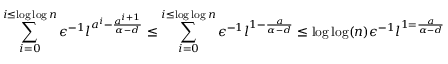
\sum _ { i = 0 } ^ { i \leq \log \log n } \epsilon ^ { - 1 } l ^ { a ^ { i } - \frac { a ^ { i + 1 } } { \alpha - d } } \leq \sum _ { i = 0 } ^ { i \leq \log \log n } \epsilon ^ { - 1 } l ^ { 1 - \frac { a } { \alpha - d } } \leq \log \log ( n ) \epsilon ^ { - 1 } l ^ { 1 = \frac { a } { \alpha - d } }